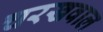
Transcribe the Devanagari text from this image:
चरखवाल